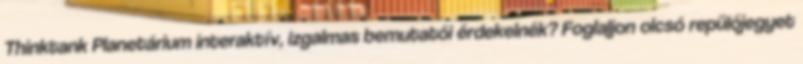
Thinktank Planetárium interaktív, izgalmas bemutatói érdekelnék? Foglaljon olcsó repülőjegyet